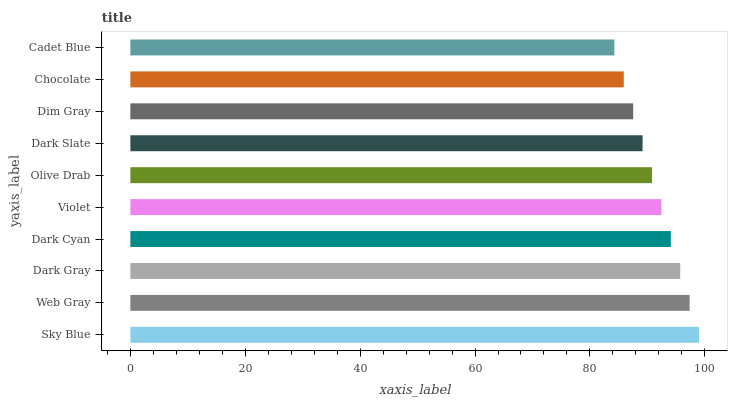
| yaxis_label | bars |
 | --- | --- |
 | Sky Blue | 99 |
 | Web Gray | 97.4 |
 | Dark Gray | 95.7 |
 | Dark Cyan | 94.1 |
 | Violet | 92.4 |
 | Olive Drab | 90.8 |
 | Dark Slate | 89.2 |
 | Dim Gray | 87.5 |
 | Chocolate | 85.9 |
 | Cadet Blue | 84.3 |